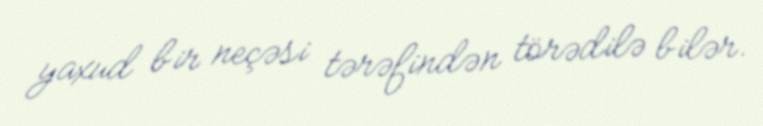
yaxud bir neçəsi tərəfindən törədilə bilər.